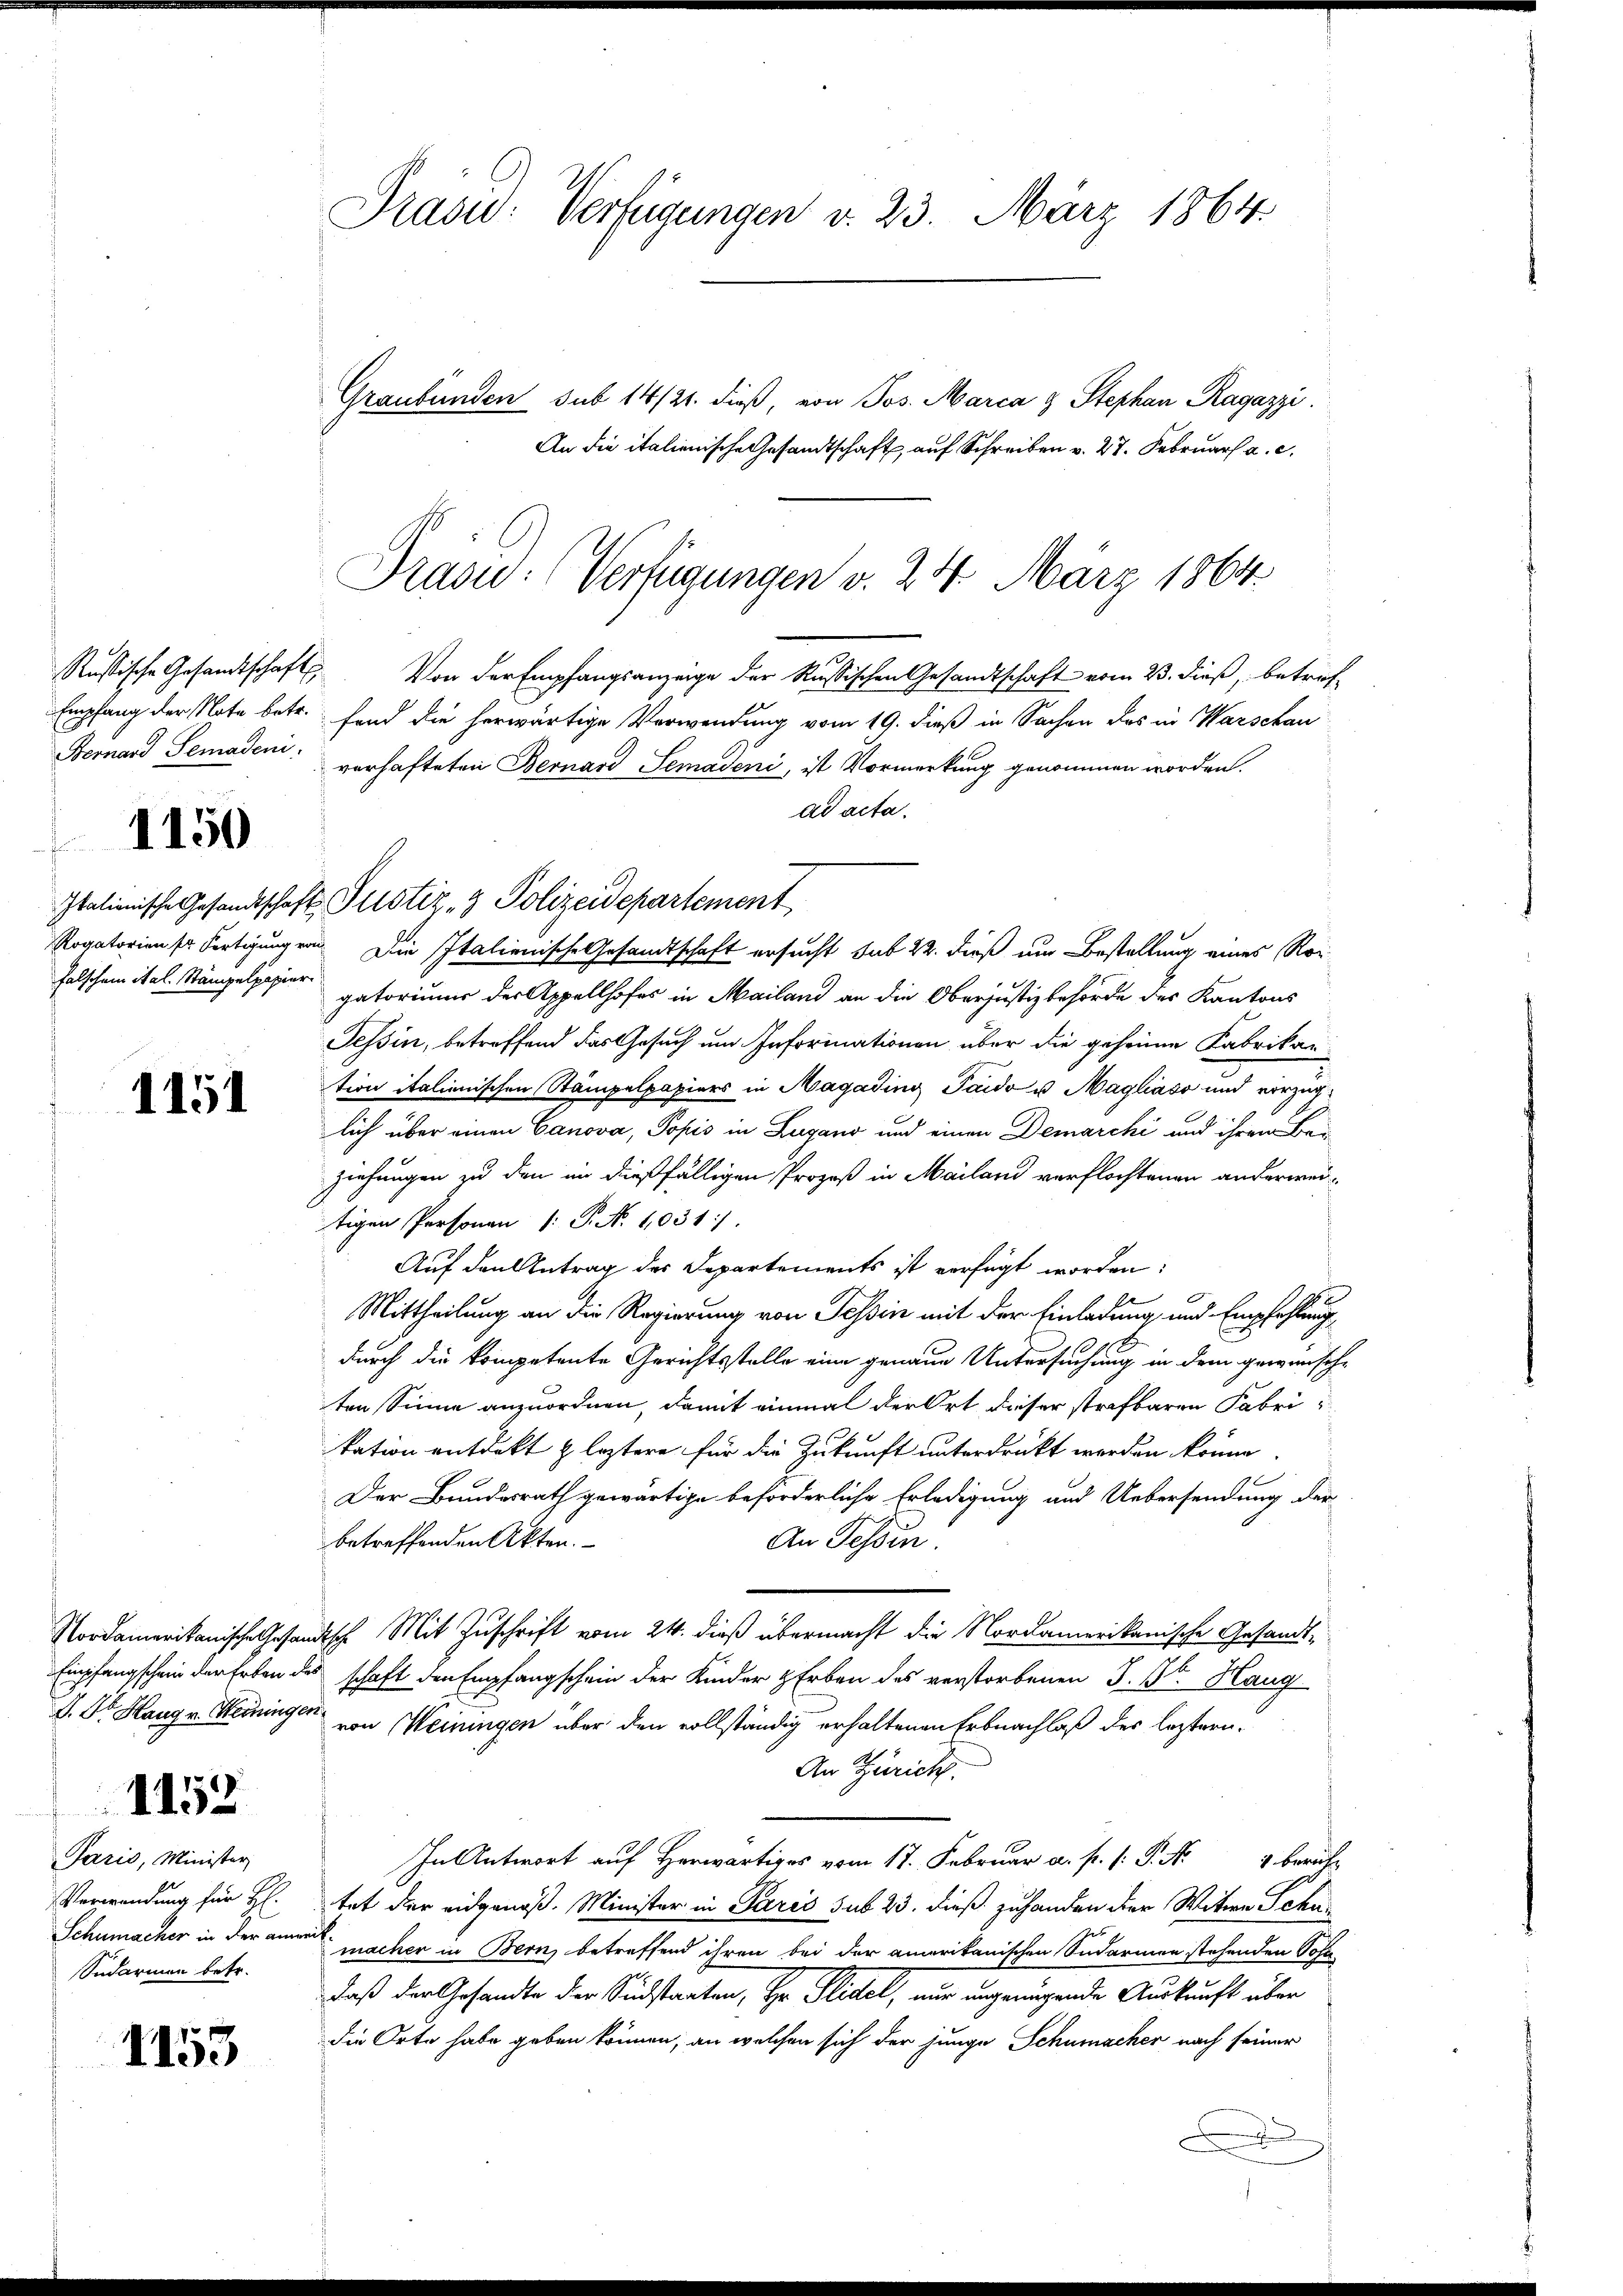
1150

1151

1158
Paris, Minister
Verwendung für H:
Sudarmen betr.

1153

Präsid.: Verfügungen v. 23. März 1864.
Graubünden sub 14/21. dieß, von Jos. Marca & Stephan Ragazzi
An die italienische Gesandtschaft auf Schreiben v. 27. Februar a. c.

Prase (Verfügungen v. 24. März 1864

Italienische Gesandtschaft Justiz- & Polizeidepartement

Russische Gesandtschaft. Von der Empfangsanzeige der Russischen Gesandtschaft vom 23. dieß, betref
Empfang der Note betr. Fand die herwärtige Verwendung vom 19. dieß in Sachen des in Warschau
Fernard Semaden verhafteten Bernard Semadeni, ist Vormerkung genommen worden.
ad acta.
Rogatorien so fertigung ein Die Italienische Gesandtschaft ersucht sub 22. dieß um Bestellung eines Rorholschem itel. Stämpelpapier gatorinner der Appellhofes in Mailand an die Oberjustizbehörde des Kantons
Tessin, betreffend das Gesuch um Informationen über die geheime Fabrikan
tion italienischen Stämpelpapiers in Magading Paido u Magliavo und vorzüglich über einen Canova, Popis in Lugano und einen Demarchi und ihrem Bei-
ziehungen zu den in dießfälligen Prozeß in Mailand verflochtenen anderweitigen Personau 1: P. N. 1031).
Auf den Antrag des Departements ist verfügt worden:
Mittheilung an die Regierung von Tessin mit der Einladung und Empfehlung
durch die kompetente Gerichtsstelle eine genaue Untersuchung in dem gewünsche
ten Sinne anzuordnen, damit einmal der Ort dieser strafbaren Fabrikation entdeckt & leztere für die Zukunft unterdrückt werden könne
Der Bundesrath gewärtige beforderliche Erledigung und Uebersendung der
betreffenden Akten.
An Tessin.
Nordamerikanische Gesandtsche Mit Zuschrift vom 24. dieß übermacht die Nordamerikanische Gesandt¬
Empfangschein der Erben des schaft den Empfangschein der Kinder Erben des verstorbenen J. St. Haug
J. Dr. Hange Meiningen von Meinungen über den vollständig erhaltenen Erbnachlaß der leztern.
An Zürich.
.
tet der eidgenoß. Minister in Paris sub 23. dieß zuhanden der Witwe Schus
Schumacher in der ament machen in Bern betreffend ihren bei der amerikanischen Sudarmen stehenden Sohn-
daß der Gesandte der Sidstaaten, Hr. Plidel, nur ungenügende Auskunft über
die Orte habe geben können, an welchen sich der junge Schumacher nach seiner